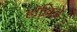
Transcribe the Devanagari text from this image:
हॉल्लिडे